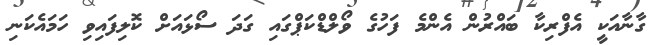
ގާނާއަކީ އެފްރިކާ ބައްރުން އެންމެ ފަހުގެ ވޯލްޑްކަޕްގައި ގަދަ ސޯޅައަށް ކޮލިފައިވި ހަމައެކަނި